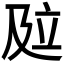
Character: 𰆾